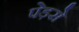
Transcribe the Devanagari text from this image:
पेड़से